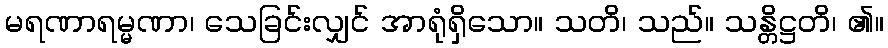
မရဏာရမ္မဏာ၊ သေခြင်းလျှင် အာရုံရှိသော။ သတိ၊ သည်။ သန္တိဋ္ဌတိ၊ ၏။